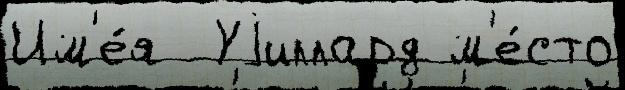
Им'е́я  Уjиллард м'е́сто